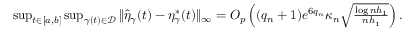
\begin{array} { r } { \operatorname* { s u p } _ { t \in [ a , b ] } \operatorname* { s u p } _ { \gamma ( t ) \in \mathcal { D } } \| \widehat { \eta } _ { \gamma } ( t ) - \eta _ { \gamma } ^ { * } ( t ) \| _ { \infty } = O _ { p } \left( ( q _ { n } + 1 ) e ^ { 6 q _ { n } } \kappa _ { n } \sqrt { \frac { \log n h _ { 1 } } { n h _ { 1 } } } \right) . } \end{array}